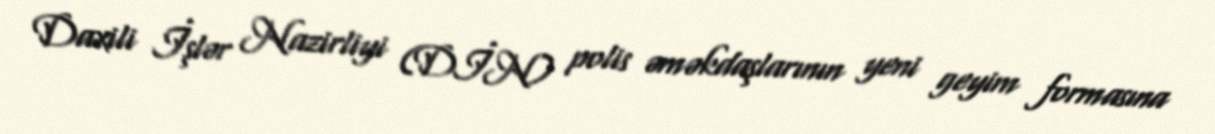
Daxili İşlər Nazirliyi (DİN) polis əməkdaşlarının yeni geyim formasına